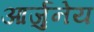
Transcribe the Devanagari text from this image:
आर्जुनेय